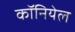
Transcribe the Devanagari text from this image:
कॉनियेल